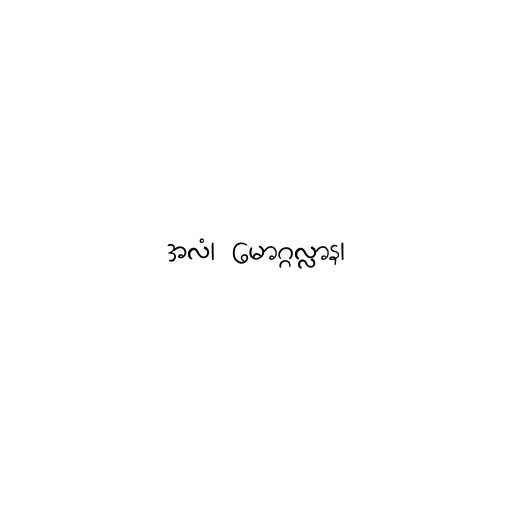
အလံ၊ မောဂ္ဂလ္လာန၊